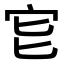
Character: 𡧏